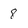
Character: 8